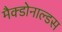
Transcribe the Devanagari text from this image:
मैक्डोनाल्डस